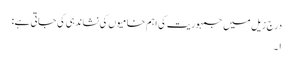
درج زیل میں جمہوریت کی اہم خامیوں کی نشاندہی کی جاتی ہے:
۱۔